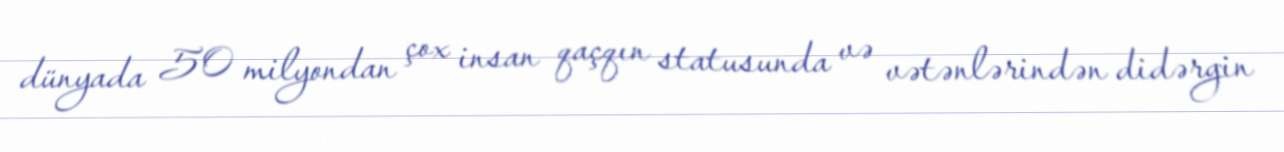
dünyada 50 milyondan çox insan qaçqın statusunda və vətənlərindən didərgin